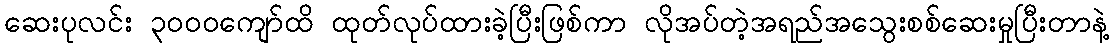
ဆေးပုလင်း ၃၀၀၀ကျော်ထိ ထုတ်လုပ်ထားခဲ့ပြီးဖြစ်ကာ လိုအပ်တဲ့အရည်အသွေးစစ်ဆေးမှုပြီးတာနဲ့